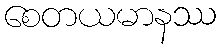
စေတယမာနဿ